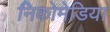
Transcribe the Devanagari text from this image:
निकोमेडिया